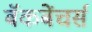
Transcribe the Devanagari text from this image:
बॅकबेंचर्स